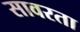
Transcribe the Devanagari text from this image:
सावरता